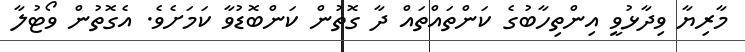
މާރިޔާ ވިދާޅުވީ އިންތިހާބުގެ ކަންތައްތައް ދާ ގޮތުން ކަންބޮޑުވާ ކަމަށެވެ. އެގޮތުން ވޯޓުލާ